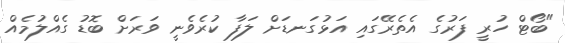
"ބޯޓް ހުރީ ފަރުގެ އެތެރޭގައި އަޅުގަނޑަށް ލަފާ ކުރެވެނީ ވަރަށް ބޮޑު ގެއްލުމެއް